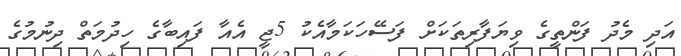
އަދި މެދު ފަންތީގެ ވިޔަފާރިތަކަށް ފަސޭހަކަމާއެކު 5ޖީ އެއާ ފައިބާގެ ހިދުމަތް ދިނުމުގެ